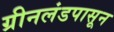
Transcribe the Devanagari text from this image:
ग्रीनलंडपासून